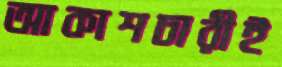
আকাশচারীই